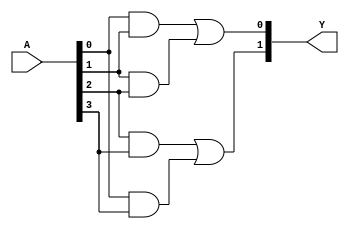
module jewel_pal (
    input wire [N-1:0] A,   // Inputs (A, B, C, ..., N)
    output wire [M-1:0] Y   // Outputs (Y1, Y2, ..., Ym)
);

// Parameters
parameter N = 4; // Number of inputs
parameter M = 2; // Number of outputs
parameter AND_GATE_COUNT = 4; // Number of programmable AND gates

// Programmable AND array
wire [AND_GATE_COUNT-1:0] and_out; // Outputs from AND gates

// Example of programmable connections for AND gates
// Each AND gate can be programmed to connect any combination of inputs
assign and_out[0] = A[0] & A[1];        // AND gate 1: A0 AND A1
assign and_out[1] = A[1] & A[2];        // AND gate 2: A1 AND A2
assign and_out[2] = A[2] & A[3];        // AND gate 3: A2 AND A3
assign and_out[3] = A[0] & A[3];        // AND gate 4: A0 AND A3

// Fixed OR array
assign Y[0] = and_out[0] | and_out[1]; // Output Y1: OR of AND gate 1 and 2
assign Y[1] = and_out[2] | and_out[3]; // Output Y2: OR of AND gate 3 and 4

endmodule